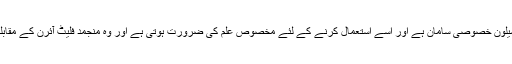
جواب: سبزیرو کریوتھراپی پروفیشنل ان سیلون خصوصی سامان ہے اور اسے استعمال کرنے کے لئے مخصوص علم کی ضرورت ہوتی ہے اور وہ منجمد فلیٹ آئرن کے مقابلے میں بہت کم درجہ حرارت پر جاتا ہے۔